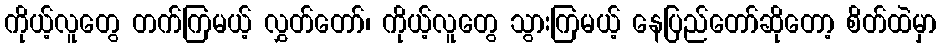
ကိုယ့်လူတွေ တက်ကြမယ့် လွှတ်တော်၊ ကိုယ့်လူတွေ သွားကြမယ့် နေပြည်တော်ဆိုတော့ စိတ်ထဲမှာ